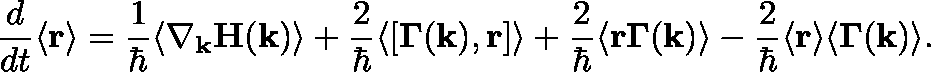
\frac { d } { d t } \langle \mathbf { r } \rangle = \frac { 1 } { \hbar } \langle \nabla _ { \mathbf { k } } \mathbf { H } ( \mathbf { k } ) \rangle + \frac { 2 } { \hbar } \langle [ \mathbf { \Gamma } ( \mathbf { k } ) , \mathbf { r } ] \rangle + \frac { 2 } { \hbar } \langle \mathbf { r } \mathbf { \Gamma } ( \mathbf { k } ) \rangle - \frac { 2 } { \hbar } \langle \mathbf { r } \rangle \langle \mathbf { \Gamma } ( \mathbf { k } ) \rangle .